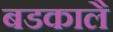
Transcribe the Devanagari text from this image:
बडकालै